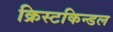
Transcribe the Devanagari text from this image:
क्रिस्टकिन्डल